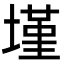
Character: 墐